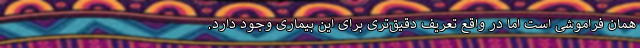
همان فراموشی است اما در واقع تعریف دقیق‌تری برای این بیماری وجود دارد.